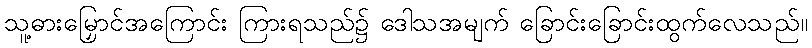
သူ့ဓားမြှောင်အကြောင်း ကြားရသည်၌ ဒေါသအမျက် ခြောင်းခြောင်းထွက်လေသည်။